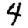
Digit: 4